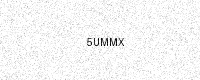
Text: 5UMMX